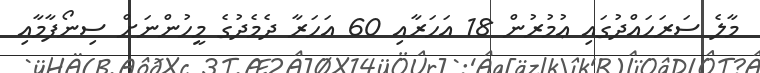
މާލެ ސަރަހައްދުގައި ޢުމުރުން 18 އަހަރާއި 60 އަހަރާ ދެމެދުގެ މީހުންނަށް ސިނޯފާމާއި